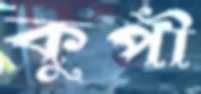
কুপী